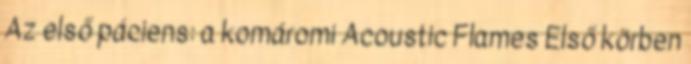
Az első páciens: a komáromi Acoustic Flames Első körben